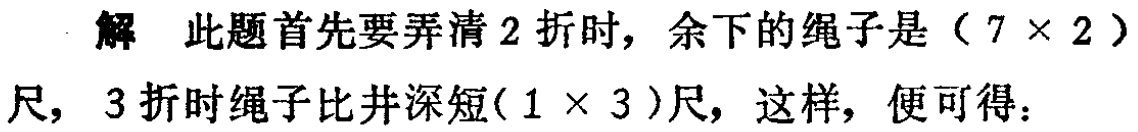
解 此题首先要弄清 2 折时，余下的绳子是（$7\times 2$）尺，3 折时绳子比井深短（$1\times 3$）尺，这样，便可得：